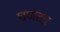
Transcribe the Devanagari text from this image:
घ्राणतंत्र